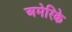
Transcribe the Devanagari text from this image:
अमेरिके